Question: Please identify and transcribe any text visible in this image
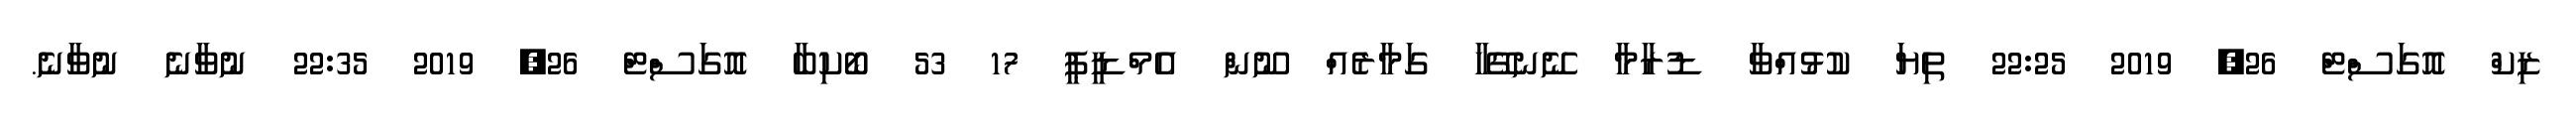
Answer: ޒިކް އޮގަސްޓް 26, 2019 22:25 ތިޔަ ކުޅުއްވާ ޑުރާމާ ނޭނގޭހާ ގަމާރެއް ނޫން އެމްޑީޕީ 17 53 ބޯކިބާ އޮގަސްޓް 26, 2019 22:35 ނުވާނެ ނުވާނެ.